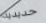
حديدية